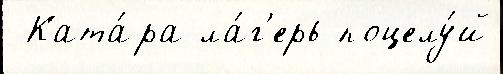
 Ката́ра ла́г'ерь поцелу́й